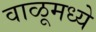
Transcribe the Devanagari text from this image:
वाळूमध्ये